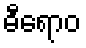
ဓီရောဝ